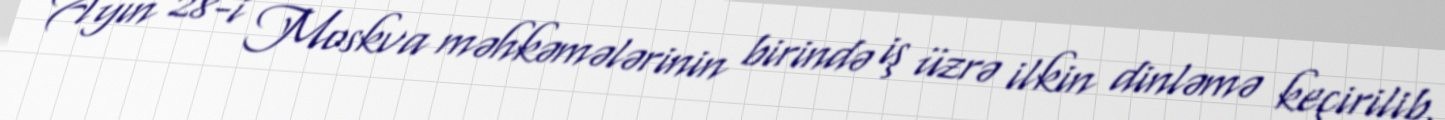
Ayın 28-i Moskva məhkəmələrinin birində iş üzrə ilkin dinləmə keçirilib,